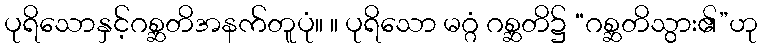
ပုရိသောနှင့်ဂစ္ဆတိအနက်တူပုံ။ ။ ပုရိသော မဂ္ဂံ ဂစ္ဆတိ၌ “ဂစ္ဆတိသွား၏”ဟု